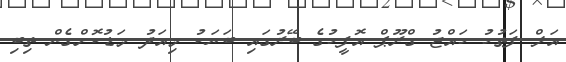
އަލް ފަތުހު ހައްޖު ގްރޫޕް އޮފީހުގެ ބޭރުގައި ބަޔަކު މިއަދު މަޑުކޮށްގެން ތިބި